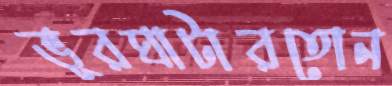
ভূরঘাটারতোন